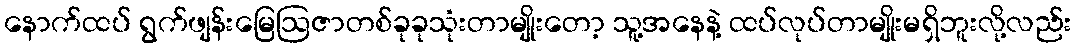
နောက်ထပ် ရွက်ဖျန်းမြေဩဇာတစ်ခုခုသုံးတာမျိုးတော့ သူ့အနေနဲ့ ထပ်လုပ်တာမျိုးမရှိဘူးလို့လည်း